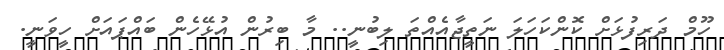
ހޫމް ދަރިފުޅަށް ކޮންކަހަލަ ނަތީޖާއެއްތަ ލިބުނީ.. މާ ބިރުން އުޅޭހެން ބައްޕައަށް ހީވަނީ.